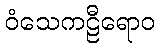
ဝံသေကဠီရောဝ